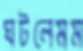
ঘটলেমম